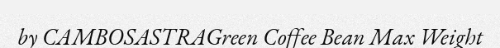
by CAMBOSASTRAGreen Coffee Bean Max Weight